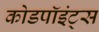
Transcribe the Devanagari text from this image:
कोडपॉइंट्स